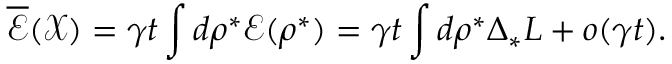
\overline { { \mathscr { E } } } ( \mathcal { X } ) = { \gamma t } \int d \rho ^ { * } \mathscr { E } ( \rho ^ { * } ) = { \gamma t } \int d \rho ^ { * } \Delta _ { * } L + o ( \gamma t ) .